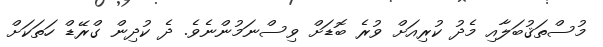
މުސްތަޤުބަލާއި މެދު ކުރިއަށް ވުރެ ބޮޑަށް ވިސްނަމުންނެވެ. ދެ ކުދިން ގްރޭޑް ހަތަކަށް